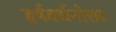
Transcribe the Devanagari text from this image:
हर्षवर्धनोत्तर